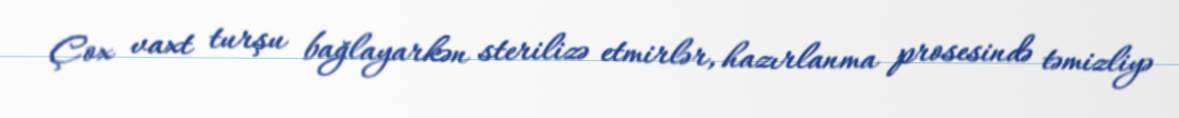
Çox vaxt turşu bağlayarkən sterilizə etmirlər, hazırlanma prosesində təmizliyə